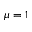
\mu = 1